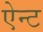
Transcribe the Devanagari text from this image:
ऐन्ट